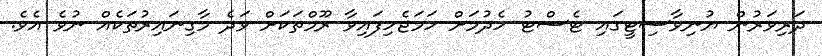
ދަރިވަރުން ޔުނިވާސިޓީގައި ޓެސްޓު ހެދުމަށް ހަމަޖެހިފައިވާ ރޫމްތަކަށް ވަދެ މާގިނައިރުތަކެއް ނުވެ އެވެ.